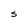
Character: S